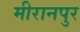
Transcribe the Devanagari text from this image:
मीरानपुर